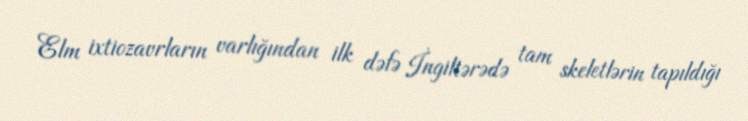
Elm ixtiozavrların varlığından ilk dəfə İngiltərədə tam skeletlərin tapıldığı